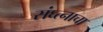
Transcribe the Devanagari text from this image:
संघ्त्नाचा